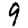
Digit: 9